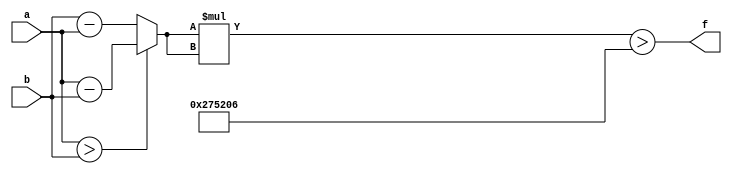
module maxse_mit(a, b, f);
parameter _bit = 16;
parameter maxse = 2576902;
input [_bit - 1: 0] a;
input [_bit - 1: 0] b;
output f;
wire [_bit - 1: 0] diff;
wire [_bit * 2 - 1: 0] se;
assign diff = (a > b)? (a - b): (b - a);
assign se = diff * diff;
assign f = (se > maxse);
endmodule